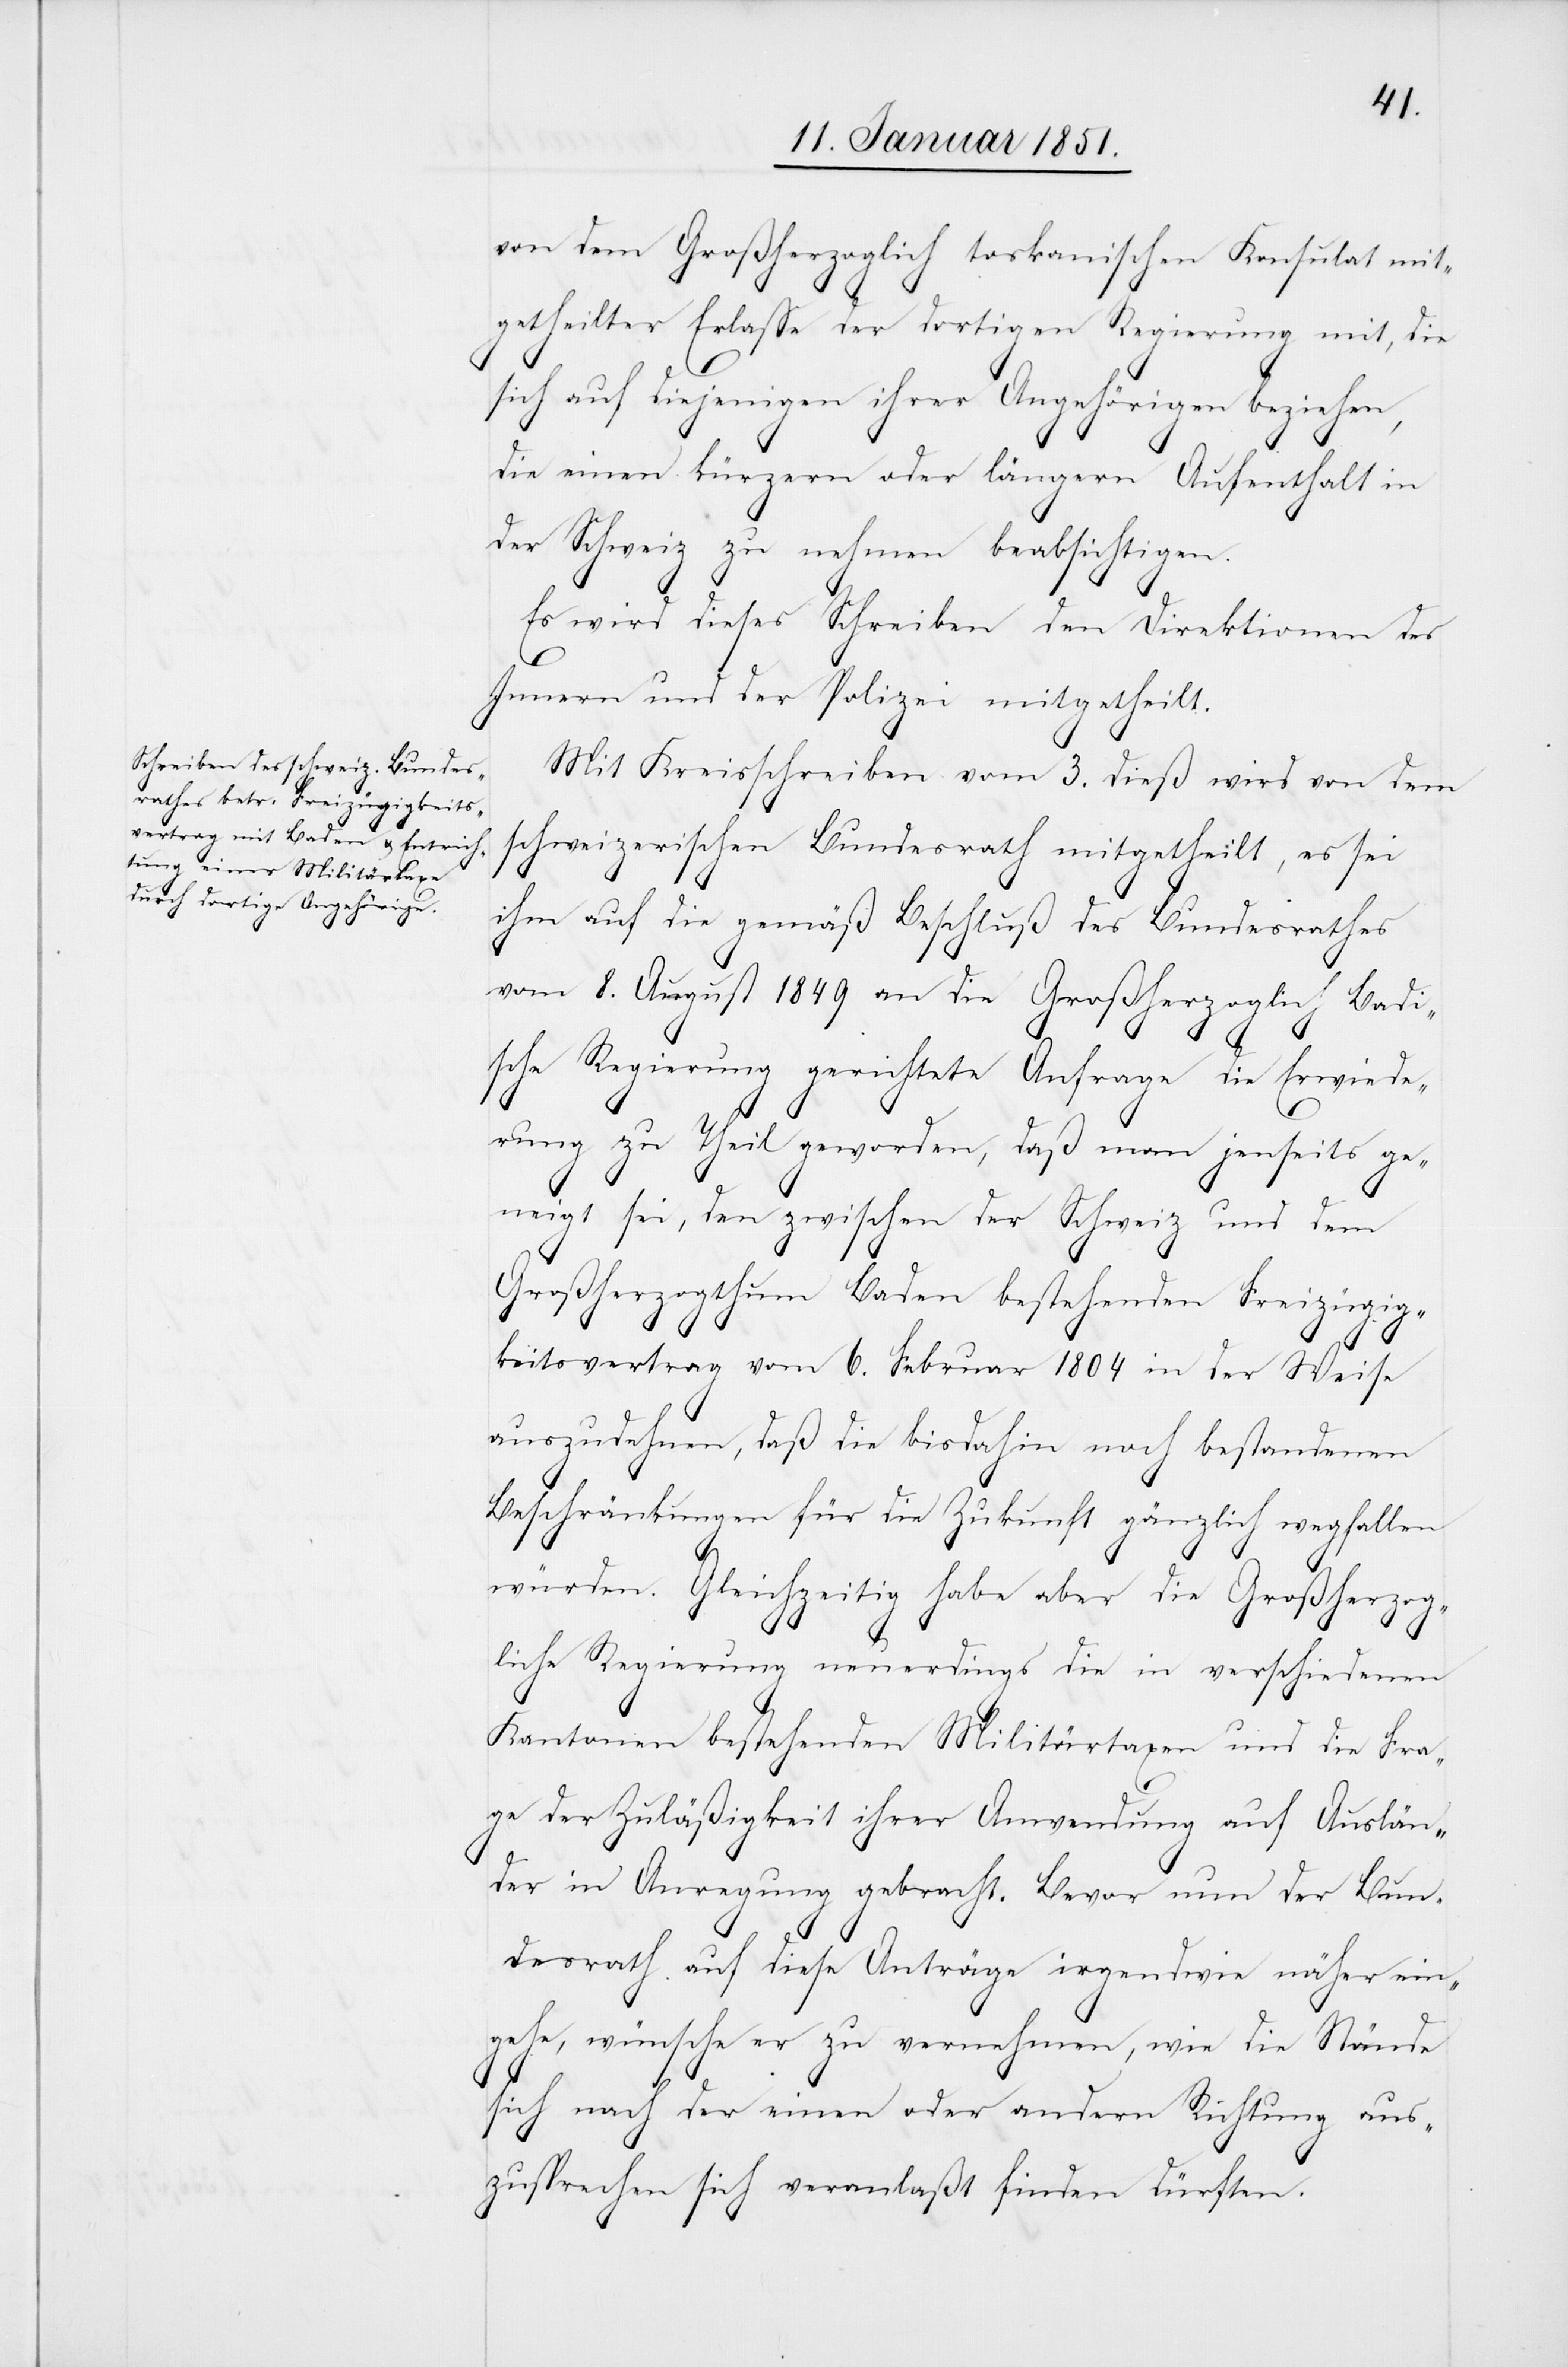
von dem Großherzoglich toskanischen Konsulat mit¬
getheilter Erlasse der dortigen Regierung mit, die
sich auf diejenigen ihrer Angehörigen beziehen,
die einen kürzern oder längern Aufenthalt in
der Schweiz zu nehmen beabsichtigen.
Es wird dieses Schreiben den Direktionen des
Innern und der Polizei mitgetheilt.
Mit Kreisschreiben vom 3. dieß wird von dem
schweizerischen Bundesrath mitgetheilt, es sei
ihm auf die gemäß Beschluß des Bundesrathes
vom 8. August 1849 an die Großherzoglich Badi¬
sche Regierung gerichtete Anfrage die Erwiede¬
rung zu Theil geworden, daß man jenseits ge¬
neigt sei, den zwischen der Schweiz und dem
Großherzogthum Baden bestehenden Freizügig¬
keitsvertrag vom 6. Februar 1804 in der Weise
auszudehnen, daß die bisdahin noch bestandenen
Beschränkungen für die Zukunft gänzlich wegfallen
würden. Gleichzeitig habe aber die Großherzog¬
liche Regierung neuerdings die in verschiedenen
Kantonen bestehenden Militärtaxen und die Fra¬
ge der Zuläßigkeit ihrer Anwendung auf Auslän¬
der in Anregung gebracht. Bevor nun der Bun¬
desrath auf diese Anträge irgendwie näher ein¬
gehe, wünsche er zu vernehmen, wie die Stände
sich nach der einen oder andern Richtung aus¬
zusprechen sich [sic!] veranlaßt finden dürften.